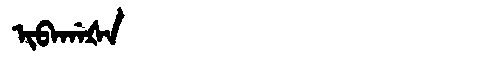
Manchu: ᡳᠪᠠᡤᠠᡧᠠ
Romanization: IBAGAŠA